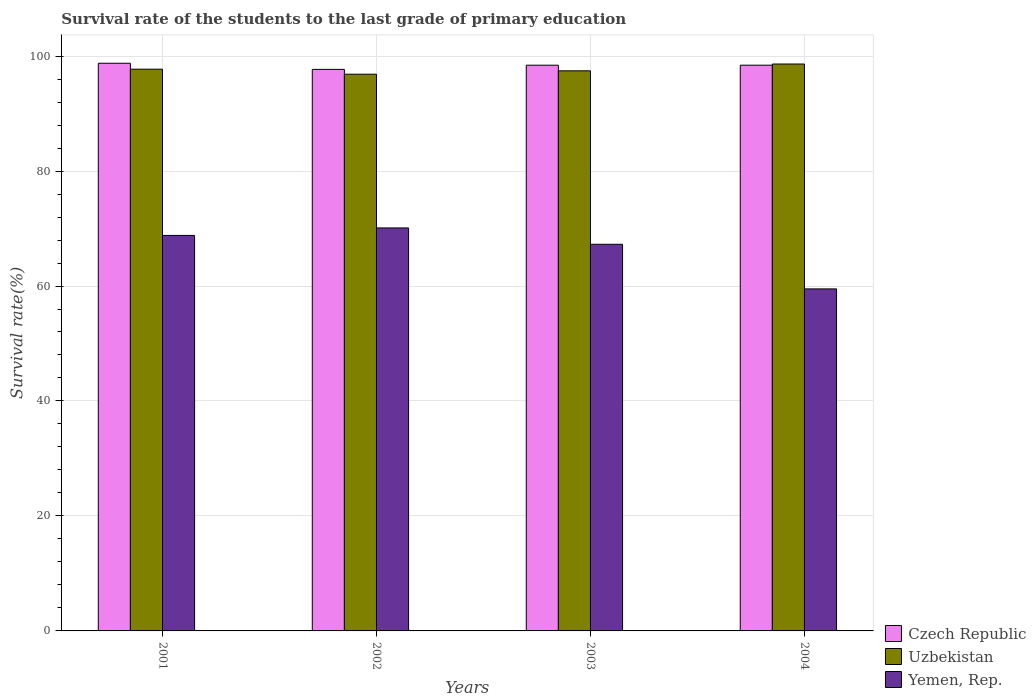
| Years | Czech Republic | Uzbekistan | Yemen, Rep. |
 | --- | --- | --- | --- |
 | 2001 | 98.7 | 97.7 | 68.8 |
 | 2002 | 97.7 | 96.8 | 70.1 |
 | 2003 | 98.4 | 97.4 | 67.3 |
 | 2004 | 98.4 | 98.6 | 59.5 |